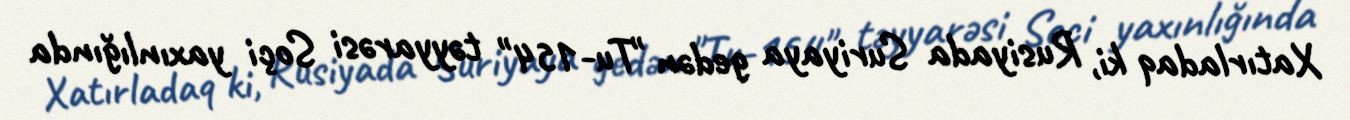
Xatırladaq ki, Rusiyada Suriyaya gedən "Tu-154" təyyarəsi Soçi yaxınlığında